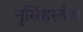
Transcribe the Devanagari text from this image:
नृसिंहस्तोत्र